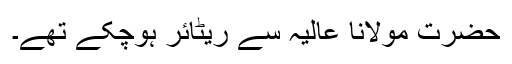
حضرت مولانا عالیہ سے ریٹائر ہوچکے تھے۔